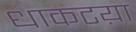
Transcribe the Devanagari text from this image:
धाकटय़ा